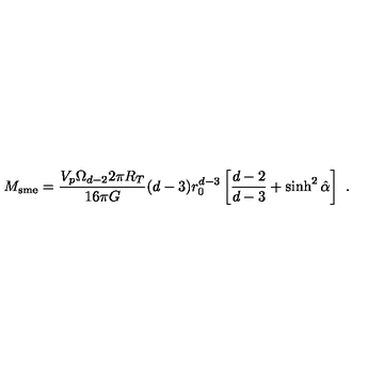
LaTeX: M _ { \mathrm { s m e } } = \frac { V _ { p } \Omega _ { d - 2 } 2 \pi R _ { T } } { 1 6 \pi G } ( d - 3 ) r _ { 0 } ^ { d - 3 } \left[ \frac { d - 2 } { d - 3 } + \sinh ^ { 2 } \hat { \alpha } \right] \ .